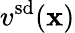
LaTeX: v^{\mathrm{sd}}(\mathbf{x})